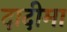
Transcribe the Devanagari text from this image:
दादीमा